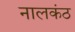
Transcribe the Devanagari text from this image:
नालकंठ